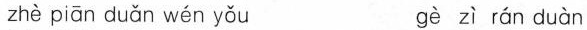
zhè piǎn duǎn wén yǒu gè zì rán duàn